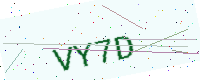
Text: VY7D